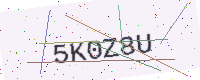
Text: 5K0Z8U